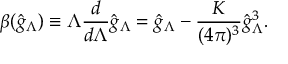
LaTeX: \beta ( \hat { g } _ { \Lambda } ) \equiv \Lambda \frac { d } { d \Lambda } \hat { g } _ { \Lambda } = \hat { g } _ { \Lambda } - \frac { K } { ( 4 \pi ) ^ { 3 } } \hat { g } _ { \Lambda } ^ { 3 } .